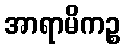
အာရာမိကဉ္စ